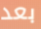
بعد